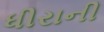
ધીરાની